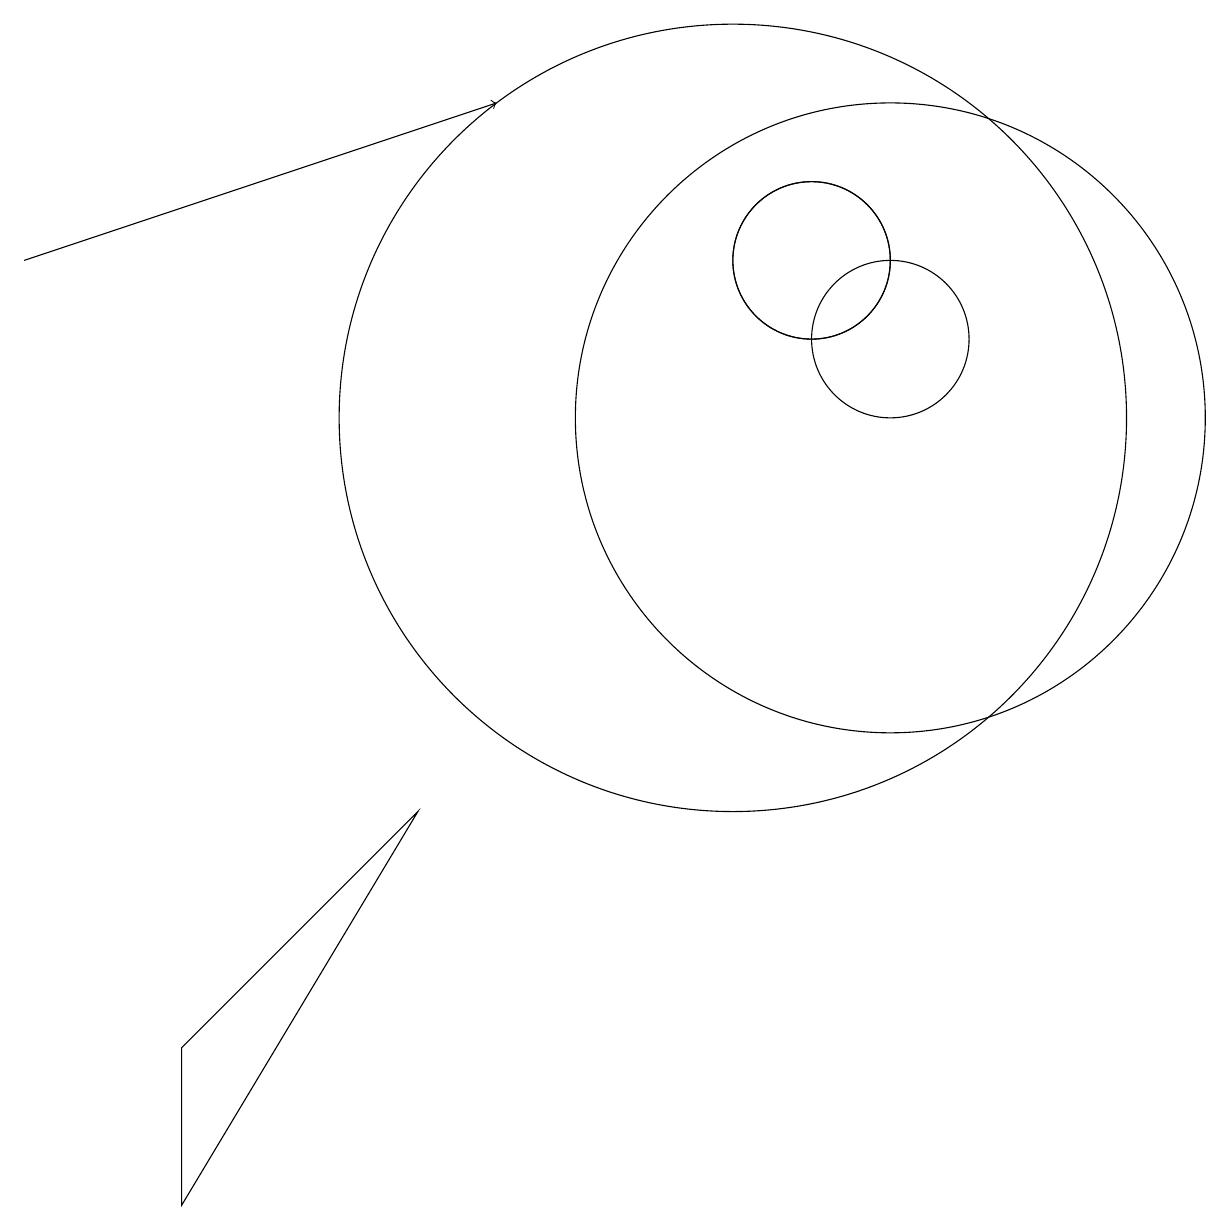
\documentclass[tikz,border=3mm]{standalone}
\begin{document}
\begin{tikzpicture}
\draw (11,12) circle (1);
\draw[->] (1,12) -- (7,14);
\draw (11,12) circle (1);
\draw (12,11) circle (1);
\draw (12,10) circle (4);
\draw (10,10) circle (5);
\draw (3,0) -- (6,5) -- (3,2) -- cycle;
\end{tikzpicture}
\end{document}